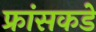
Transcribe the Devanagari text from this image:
फ्रांसकडे